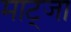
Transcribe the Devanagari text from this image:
माट्जा